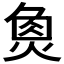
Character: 𤋳